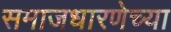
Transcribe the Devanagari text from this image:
समाजधारणेच्या